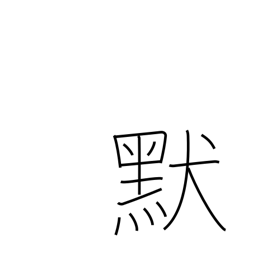
Meaning: silent